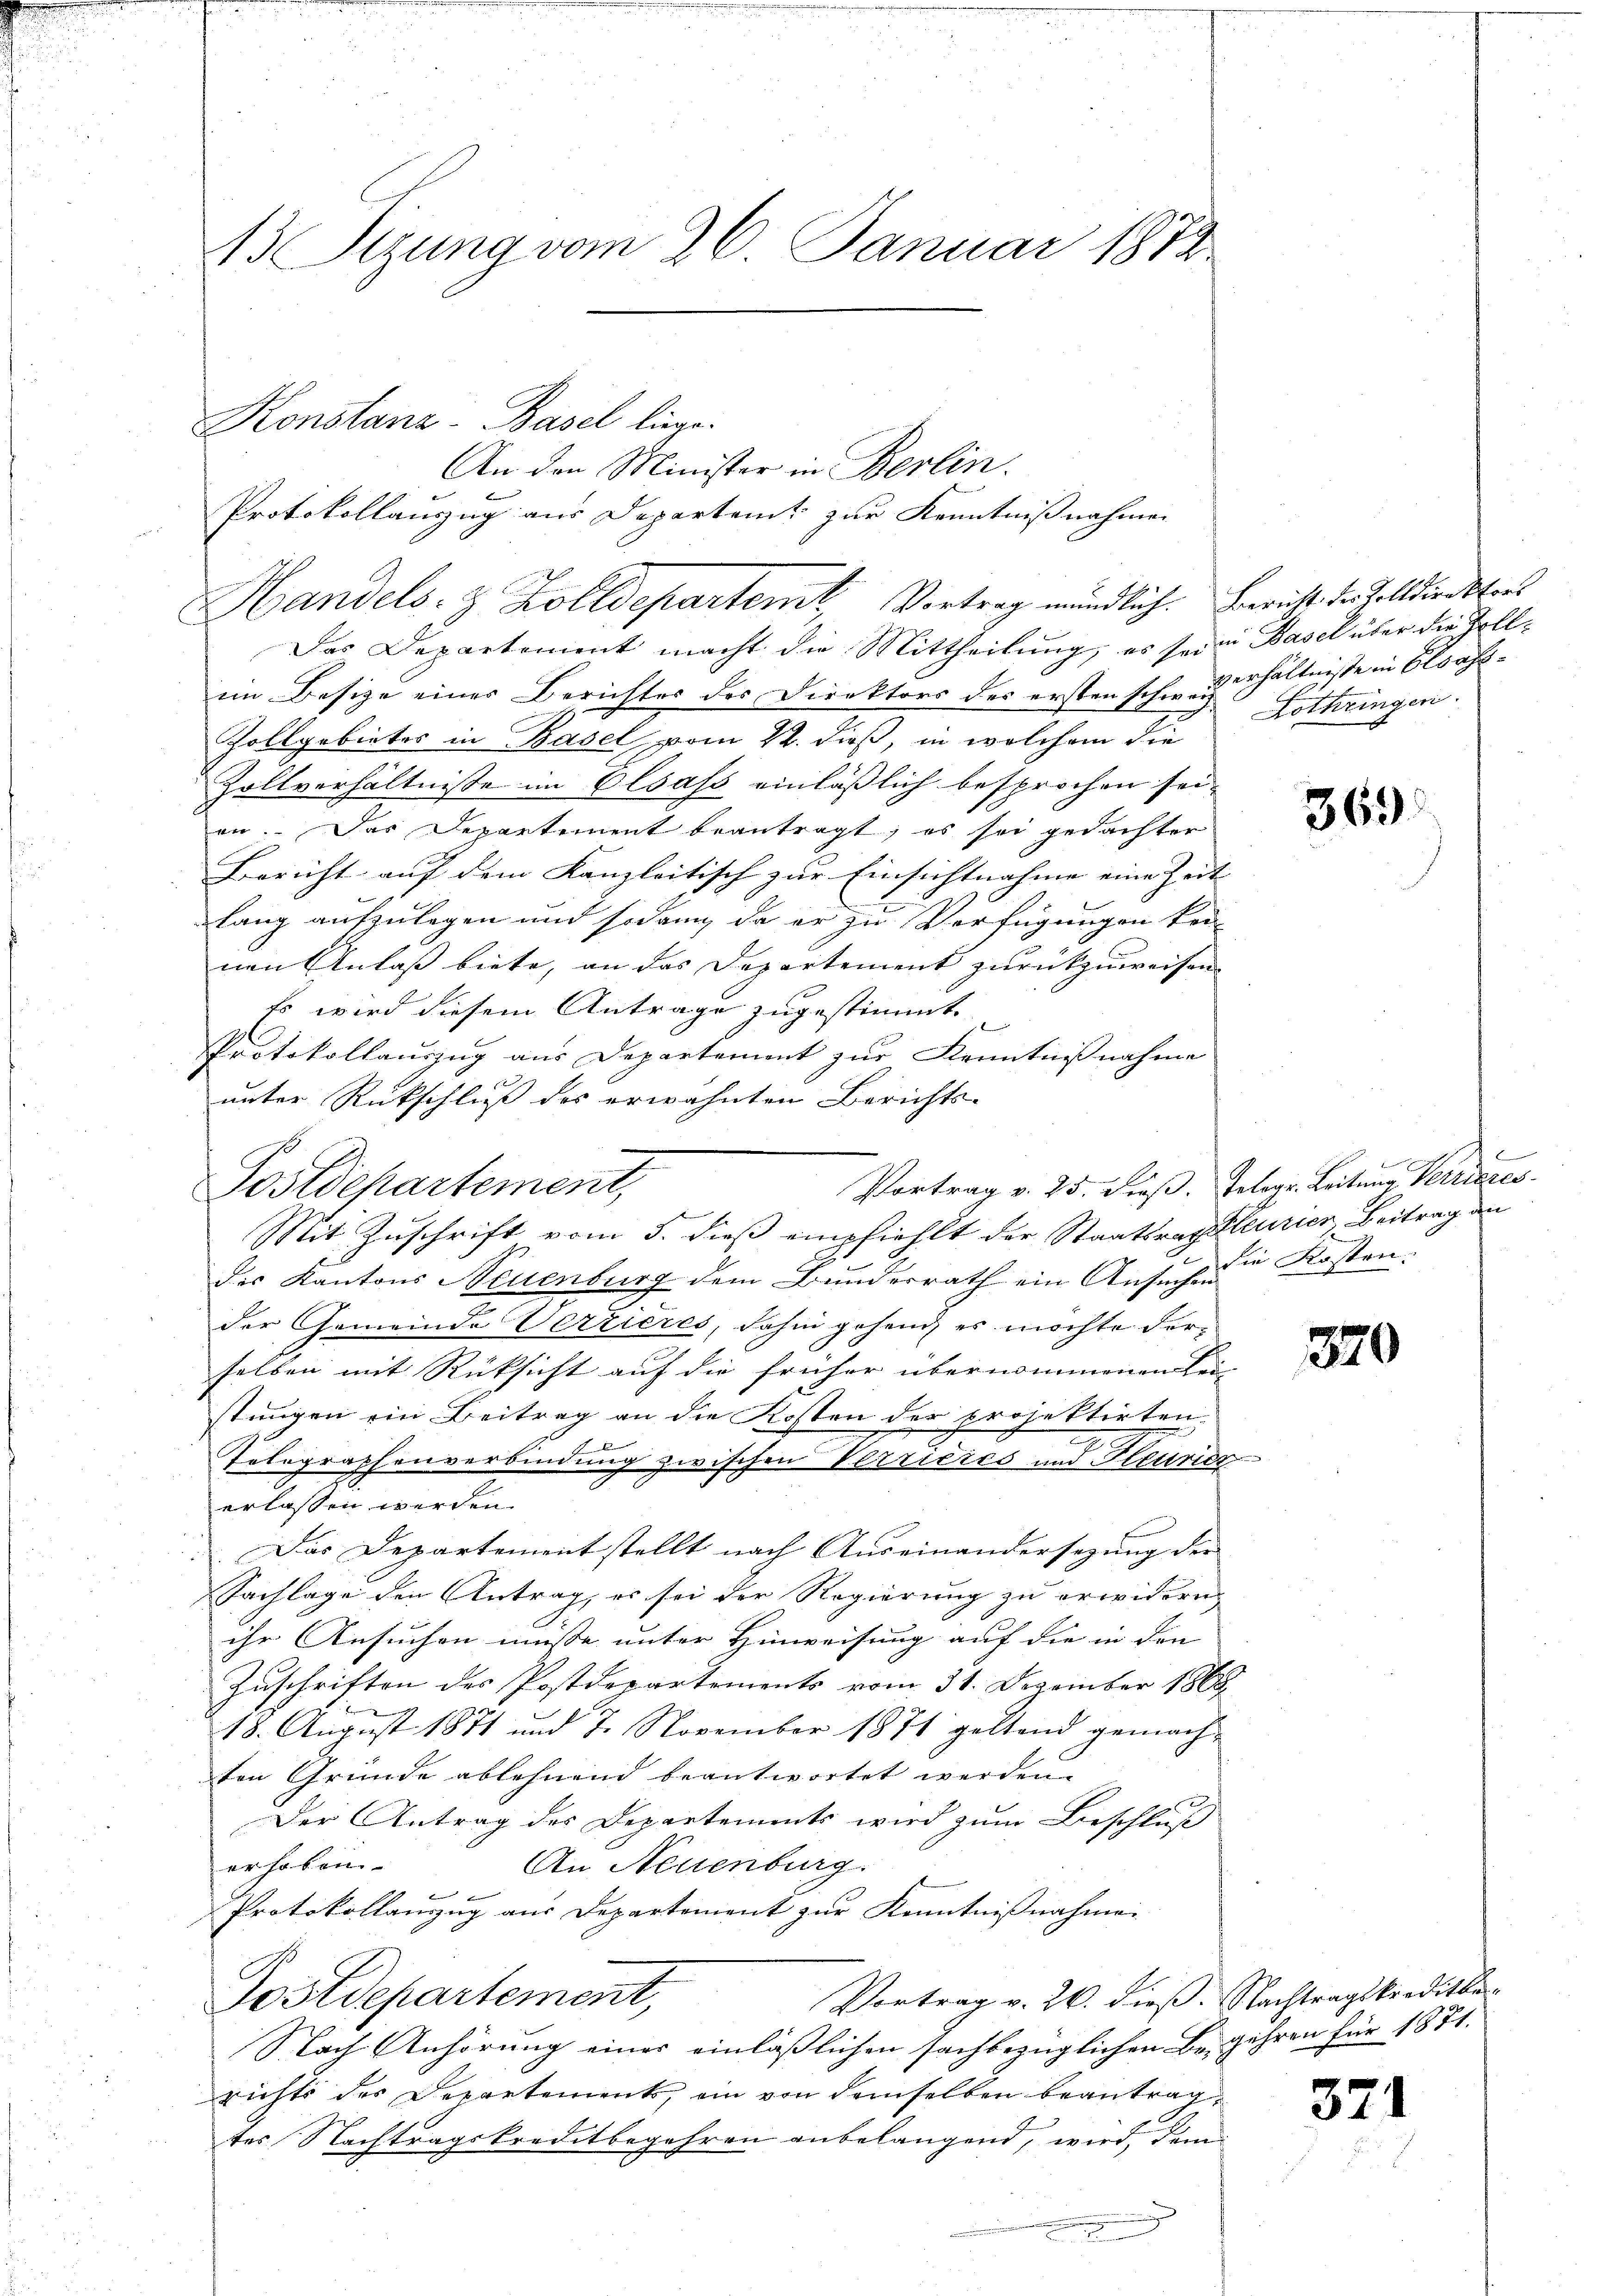
13 Sizung vom 26. Januar 1872

An den Minister in Berlin.
Protokollauszug aus Departent zur Kenntnißnahmen
Das Departement macht die Mittheilung, es seine Basel über die Zollim Besize einer Berichter der Direktors des erstenschen Verhältnisse in Elsass¬
Zollgebieter in Basel vom 22. dieß, in welchem die
Zollverhältnisse im Elsass einläßlich besprochen sei,
an. Das Departement beantragt, es sei gedachter
Bericht auf dem Kanzleitisch zur Einsichtnahme eine Zeit |
lang aufzulegen und sodann, da er zu Verfügungen kon-
nen Anlass biete, an das Departement zurückzuweisen. |
Es wird diesem Antrage zugestimmt.
Protokollauszug aus Departement zur Kenntnißnahme

unter Rückschließ des erwähnten Berichts-
Postdepartement,
Mit Zuschrift vom 3. dieß empfiehlt der Staatsragaleurier, Beitrag an
des Kantons Neuenburg dem Bunderrath ein Ansehn Kosten.
der Gemeinde Verzieres, dahin gehend es möchte derselben mit Rücksicht auf die früher übernommenen Sei-
stungen ein Beitrag an die Kosten der projektirten.
Telegraphenverbindung zwischen Verrieres und Heurier
erlassen werden.
Das Departement stellt nach Auseinandersezung der |
Sachlage den Antrag, es sei der Regierung zu erwidern,
ihr Ansuchen müsse unter Hinweisung auf die in den
Zuschriften des Postdepartements vom 31. Dezember 1868
n
18. August 1871 und 7. November 1871 geltend gemachten Gründe ablehnend beantwortet werden.
Der Antrag des Departements wird zum Beschluß
erhoben.
An Neuenburg.
Protokollanzzug aus Departement zur Kenntnißnahmen
Vortrag v. 26. dieß. Nachtragskreditbe¬
Postdepartement,
Nach Anhörung einer einläßlichen sachbezüglichen Begehren für 1871.
richts des Departements, ein von demselben beantragtes Nachtragskreditbegehren anbelangend, wird, dem

Konstanz-Basel liege.

Handels- & Zolldepartemt, Vortrag mündlich. Bericht des Zolldirektors

d

Lothringen.

369

E
Vortrag v. 25. dieß. Telegr. Leitung Verrieres

320

321